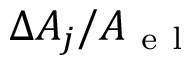
\Delta A _ { j } / A _ { \mathrm { ~ e ~ l ~ } }